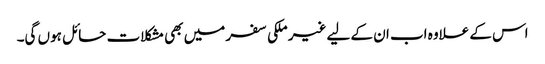
اس کے علاوہ اب ان کے لیے غیر ملکی سفر میں بھی مشکلات حائل ہوں گی۔